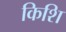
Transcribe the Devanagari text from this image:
किशि